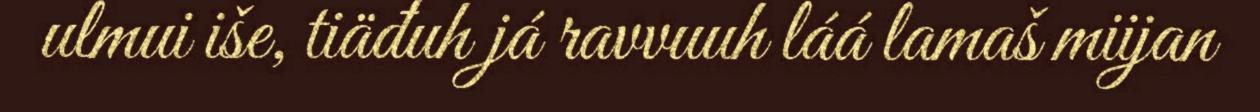
ulmui iše, tiäđuh já ravvuuh láá lamaš miijan